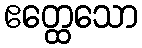
ဧတ္ထေသော